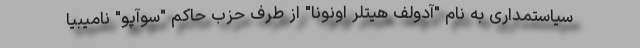
سیاستمداری به نام "آدولف هیتلر اونونا" از طرف حزب حاکم "سوآپو" نامیبیا